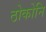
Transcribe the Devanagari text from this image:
ठोकोनि